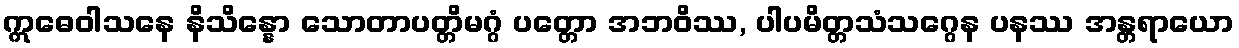
ဣဓေဝါသနေ နိသိန္နော သောတာပတ္တိမဂ္ဂံ ပတ္တော အဘဝိဿ, ပါပမိတ္တသံသဂ္ဂေန ပနဿ အန္တရာယော